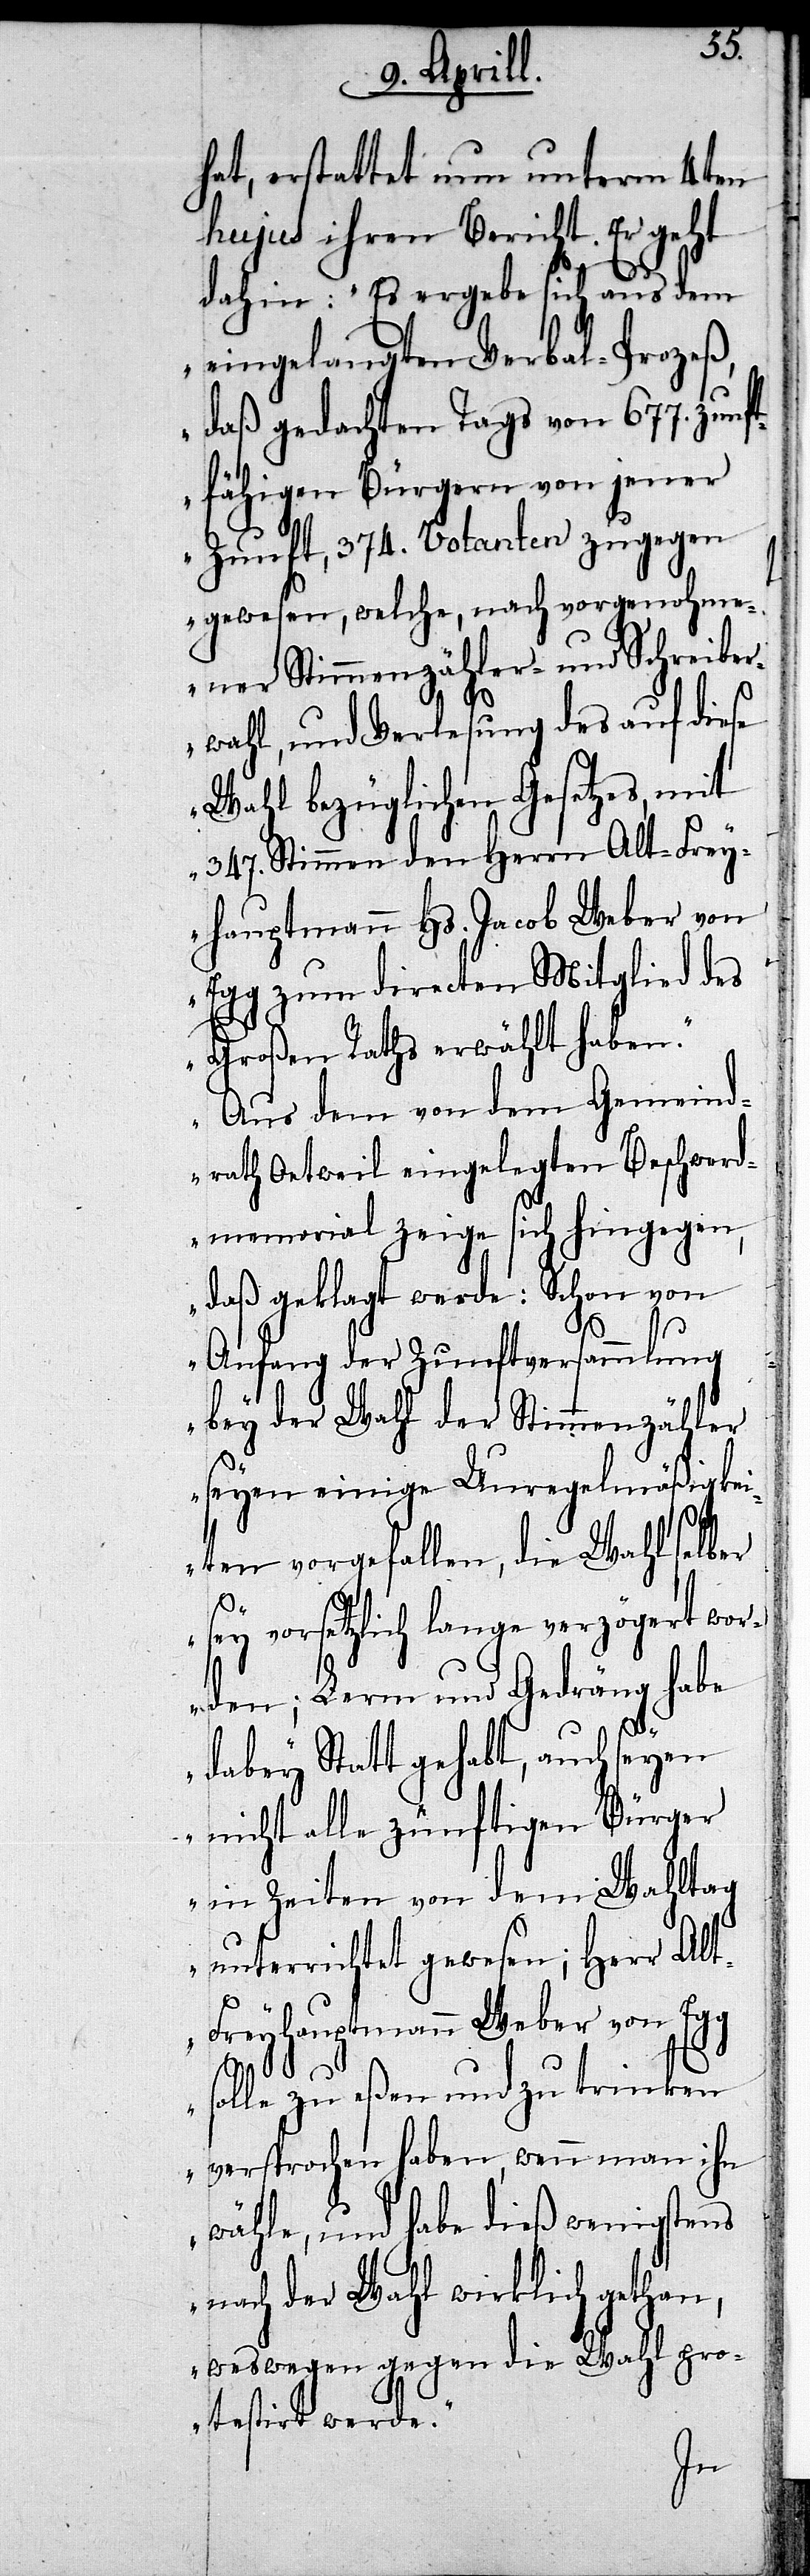
hat, erstattet nun unterm 4ten
hujus ihren Bericht. Er geht
dahin: „Es ergebe sich aus dem
eingelegten Verbal-Prozeß,
daß gedachten Tags von 677. zunf¬
tfähigen Bürgern von jener
Zunft, 374. Votanten zugegen
gewesen, welche, nach vorgenohme¬
ner Stimmenzähler- und Schreiber¬
wahl, und Verlesung des auf diese
Wahl bezüglichen Gesetzes, mit
347. Stimmen den Herrn Alt-Frey¬
hauptmann Hs. Jacob Weber von
Egg zum directen Mitglied des
Großen Raths erwählt haben.“
„Aus dem von dem Gemeind¬
rath Oetweil eingelegten Beschwerd¬
ememorial zeige sich hingegen,
daß geklagt werde: Schon von
Anfang der Zunftversammlung
bey der Wahl der Stimmenzähler
seyen einige Unregelmäßigke¬
iten vorgefallen, die Wahl selber
sey vorsetzlich lange verzögert wor¬
den; Lerm und Gedränge habe
dabey Statt gehabt, auch seyen
nicht alle zünftigen Bürger
in Zeiten von dem Wahltag
unterrichtet gewesen; Herr Alt-F¬
reyhauptmann Weber von Egg
solle zu eßen und zu trinken
versprochen haben, wenn man ihn
wähle, und habe dieß wenigstens
nach der Wahl wirklich gethan,
weswegen gegen die Wahl pro¬
testirt werde“